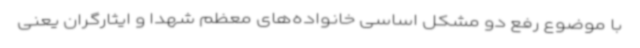
با موضوع رفع دو مشکل اساسی خانواده‌های معظم شهدا و ایثارگران یعنی